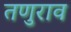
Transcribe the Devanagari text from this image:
तणुराव